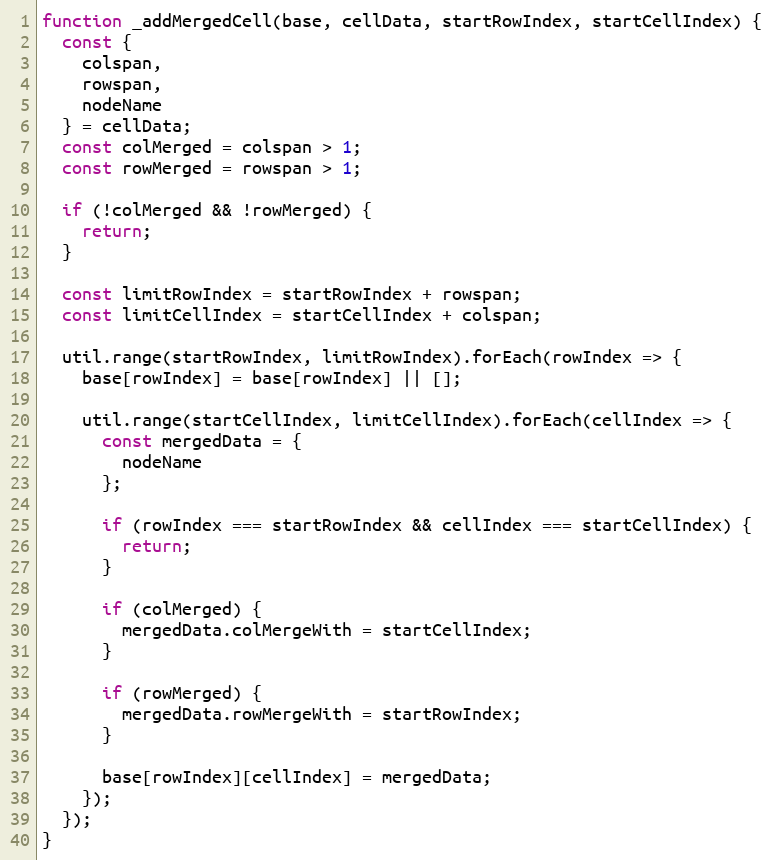
Language: JavaScript
function _addMergedCell(base, cellData, startRowIndex, startCellIndex) {
  const {
    colspan,
    rowspan,
    nodeName
  } = cellData;
  const colMerged = colspan > 1;
  const rowMerged = rowspan > 1;

  if (!colMerged && !rowMerged) {
    return;
  }

  const limitRowIndex = startRowIndex + rowspan;
  const limitCellIndex = startCellIndex + colspan;

  util.range(startRowIndex, limitRowIndex).forEach(rowIndex => {
    base[rowIndex] = base[rowIndex] || [];

    util.range(startCellIndex, limitCellIndex).forEach(cellIndex => {
      const mergedData = {
        nodeName
      };

      if (rowIndex === startRowIndex && cellIndex === startCellIndex) {
        return;
      }

      if (colMerged) {
        mergedData.colMergeWith = startCellIndex;
      }

      if (rowMerged) {
        mergedData.rowMergeWith = startRowIndex;
      }

      base[rowIndex][cellIndex] = mergedData;
    });
  });
}